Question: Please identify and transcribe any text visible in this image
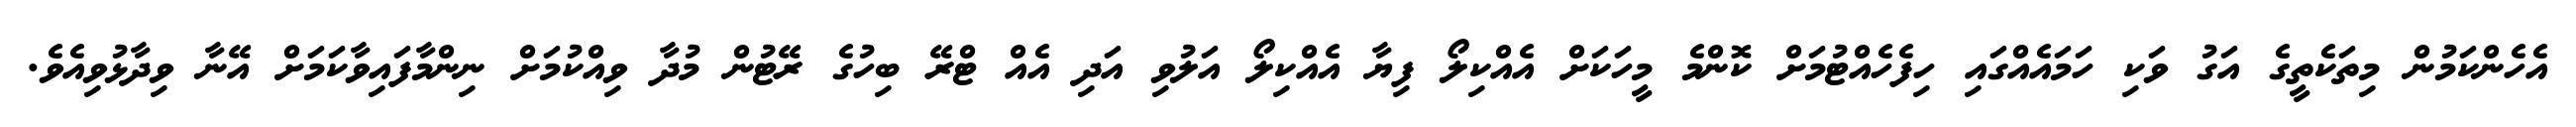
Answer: އެހެންކަމުން މިތަކެތީގެ އަގު ވަކި ހަމައެއްގައި ހިފެހެއްޓުމަށް ކޮންމެ މީހަކަށް އެއްކިލޯ ފިޔާ އެއްކިލޯ އަލުވި އަދި އެއް ޓްރޭ ބިހުގެ ރޭޓުން މުދާ ވިއްކުމަށް ނިންމާފައިވާކަމަށް އޭނާ ވިދާޅުވިއެވެ.